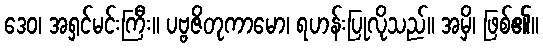
ဒေဝ၊ အရှင်မင်းကြီး။ ပဗ္ဗဇိတုကာမော၊ ရဟန်းပြုလိုသည်။ အမှိ၊ ဖြစ်၏။